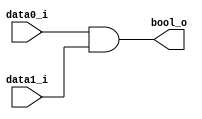
module AND
(
    data0_i,
    data1_i,
    bool_o
);

// Ports
input   data0_i, data1_i;
output  bool_o;

assign bool_o = (data0_i & data1_i);

endmodule